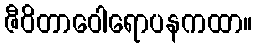
ဇီဝိတာဝေါရောပနကထာ။